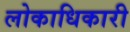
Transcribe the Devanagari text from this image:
लोकाधिकारी